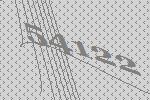
54122